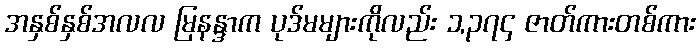
အနှစ်နှစ်အလလ မြနန္ဒာက ပုဒ်မများကိုလည်း ၁,၃၇၄ ဇာတ်ကားတစ်ကား